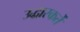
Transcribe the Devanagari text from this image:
उद्धारकर्ते